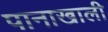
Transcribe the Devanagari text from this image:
पानाखाली